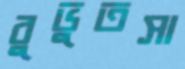
বুভুতসা